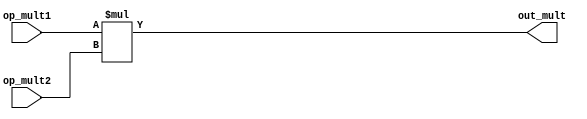
module multop(op_mult1, op_mult2, out_mult);
input [3:0] op_mult1;
input [3:0] op_mult2;
output [3:0] out_mult;
assign #15 out_mult = op_mult1 * op_mult2;
endmodule